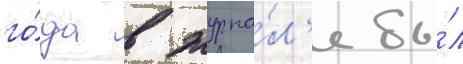
го́да в журна́л'е бы́л